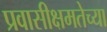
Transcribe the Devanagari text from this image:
प्रवासीक्षमतेच्या